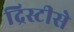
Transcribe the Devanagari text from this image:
द्रिस्टीसे